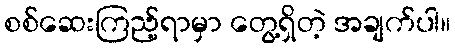
စစ်ဆေးကြည့်ရာမှာ တွေ့ရှိတဲ့ အချက်ပါ။